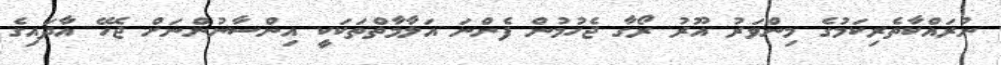
ނުރައްކާތެރިކަމުގެ މިންވަރު އޫރު ރޯގާ ޖެހުމުން ފެންނަ އަލާމާތްތަކަކީ އިންސާނުންނަށް ޖެހޭ އާދައިގެ